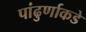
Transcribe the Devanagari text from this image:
पांढुर्णाकडे